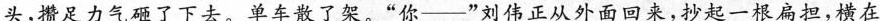
头，攒足力气砸了下去。单车散了架。”你——”刘伟正从外面回来，抄起一根扁担，横在